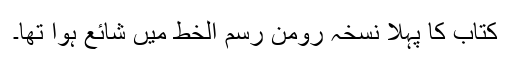
کتاب کا پہلا نسخہ رومن رسم الخط میں شائع ہوا تھا۔